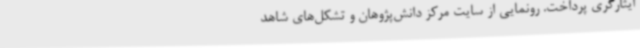
ایثارگری پرداخت. رونمایی از سایت مرکز دانش‌پژوهان و تشکل‌های شاهد